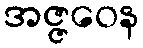
အဇ္ဇဝေန